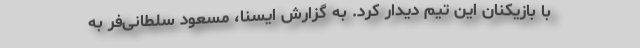
با بازیکنان این تیم دیدار کرد. به گزارش ایسنا، مسعود سلطانی‌فر به